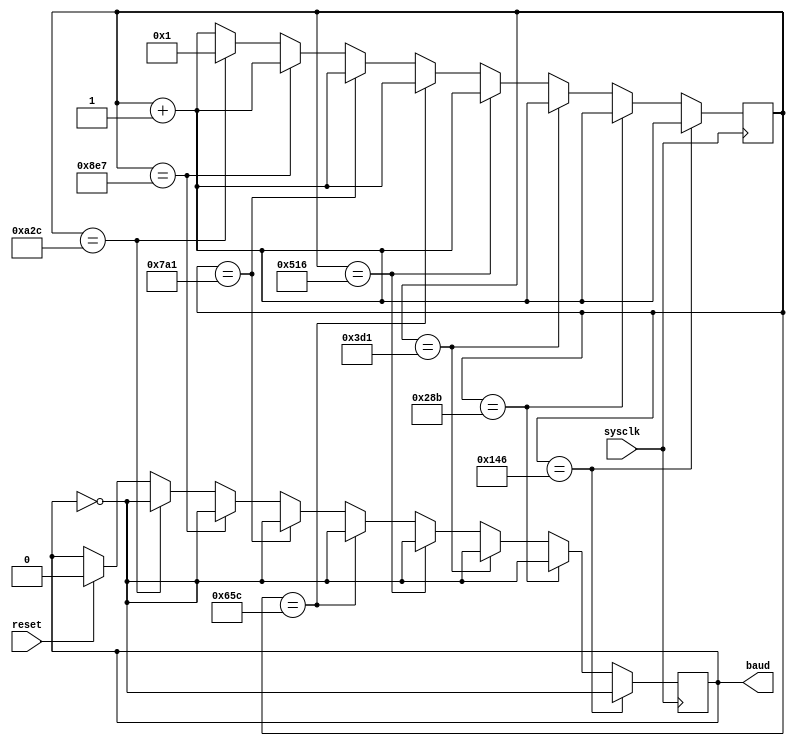
module baud_rate_generation(baud,sysclk,reset);//16*9600
input sysclk,reset;
output reg baud;
reg [17:0] s;
initial begin 
s<=1;
baud<=0;
end
always @(posedge sysclk)
begin
if (reset)
begin
s<=1;
baud<=0;
end
s<=s+1;
if(s==18'd326)
baud<=~baud;
else if(s==18'd651)
baud<=~baud;
else if(s==18'd977)
baud<=~baud;
else if(s==18'd1302)
baud<=~baud;
else if(s==18'd1628)
baud<=~baud;
else if (s==18'd1953)
baud<=~baud;
else if(s==18'd2279)
baud<=~baud;
else if (s==18'd2604)
begin
baud<=~baud;
s<=1;
end
end
endmodule

module receiver(rx_data,rx_status,baud,rxd,reset);
output reg [7:0] rx_data;
reg [7:0] new_rx_data;
output reg rx_status;
input baud,rxd,reset;
reg started;
reg [7:0] count;

initial begin
started<=0;
rx_data<=8'b0;
new_rx_data<=8'b0;
rx_status<=0;
count<=0;
end


always @(posedge baud)
begin
if (reset)
begin
started<=0;
rx_data<=8'b0;
new_rx_data<=8'b0;
rx_status<=0;
count<=0;
end
else if (~rxd && ~started)
started<=1;
if (started)
count<=count+1;
if (count==8'd160)
begin
count<=0;
started<=0;
end
//if (count==8'b8)//0 start bit
if (count==8'd24)//1
new_rx_data[0]<=rxd;
else if (count==8'd40)//2
new_rx_data[1]<=rxd;
else if (count==8'd56)//3
new_rx_data[2]<=rxd;
else if (count==8'd72)//4
new_rx_data[3]<=rxd;
else if (count==8'd88)//5
new_rx_data[4]<=rxd;
else if (count==8'd104)//6
new_rx_data[5]<=rxd;
else if (count==8'd120)//7
new_rx_data[6]<=rxd;
else if (count==8'd136)//8
new_rx_data[7]<=rxd;
else if (count==8'd152)//stop bit
begin
rx_data<=new_rx_data;
rx_status<=1;
end
else if (count==8'd154)
rx_status<=0;
end
endmodule

module controller(tx_data,tx_en,baud,tx_status,rx_status,rx_data,reset,sysclk);
input [7:0] rx_data;
reg [7:0] data;
reg ready,ready2,rx_high,rx_negedge,rx_negedge2;
input rx_status,tx_status,baud,sysclk;
input reset;
output reg tx_en;
output reg [7:0] tx_data;
initial begin
tx_en<=0;
tx_data<=8'b0;
data<=8'b0;
ready<=0;
ready2<=0;
rx_high<=0;
rx_negedge2<=0;
rx_negedge<=0;
end

always @(posedge baud)
begin
if (rx_status)
rx_high<=1;
else if(rx_negedge2)
begin
rx_negedge2<=0;
rx_negedge<=0;
end
else if(rx_negedge)
begin
rx_negedge2<=1;
end
else if(~rx_status && rx_high)
begin
rx_negedge<=1;
rx_high<=0;
end

end
always @(posedge sysclk)
begin
if (rx_negedge)
begin
if (rx_data[7]==1)
data<=~rx_data;
else
data<=rx_data;
end
end

always @(posedge baud)
begin
if (reset)
begin
tx_en<=0;
tx_data<=8'b0;
end
if (ready && tx_status)
begin
tx_en<=1;
ready2<=1;
end
else if (ready2)
begin
ready2<=0;
ready<=0;
end
else if (~ready)
begin
tx_en<=0;
end
if (rx_negedge)
begin
ready<=1;
tx_data<=data;
  
end
end
endmodule

module sender(txd,tx_status,tx_en,tx_data,reset,baud,sysclk);
output reg txd;
output reg tx_status;
input tx_en,reset,baud,sysclk;
input [7:0] tx_data;
reg [7:0] data;
reg [7:0] count;
reg enabled,stop,started;
initial begin
txd<=1;
tx_status<=1;
enabled<=0;
stop<=0;
started<=0;
data<=8'b0;
count<=0;
end

always @(posedge sysclk)//tx_en or posedge stop)
begin
if (reset)
tx_status<=1;
else if (stop)
begin
tx_status<=1;
end
else if (tx_en)
begin
tx_status<=0;
end
end


always @(posedge baud)//sysclk ?baud???????baud?????
begin
if (reset)
begin
started<=0;
data<=8'b0;//tx_data;
end
else if (tx_en)
enabled<=1;
else if (~tx_en && enabled)
begin
enabled<=0;
started<=1;
data<=tx_data;
end
if (baud)
begin
if (started)
begin
count<=count+1;
if (count==8'd160)
begin
stop<=1;
end
else if (count==8'd161)
begin
count<=0;
stop<=0;
started<=0;
end
if (count==8'd0)//0 start bit
txd<=0;
else if (count==8'd16)//1
txd<=data[0];
else if (count==8'd32)//2
txd<=data[1];
else if (count==8'd48)//3
txd<=data[2];
else if (count==8'd64)//4
txd<=data[3];
else if (count==8'd80)//5
txd<=data[4];
else if (count==8'd96)//6
txd<=data[5];
else if (count==8'd112)//7
txd<=data[6];
else if (count==8'd128)//8
txd<=data[7];
else if (count==8'd144)//stop bit
begin
txd<=1;
end
//else if (count==8'd159)
//stop<=1;
//else if (count==8'b153)
//rx_status<=0;
end
end
end


endmodule